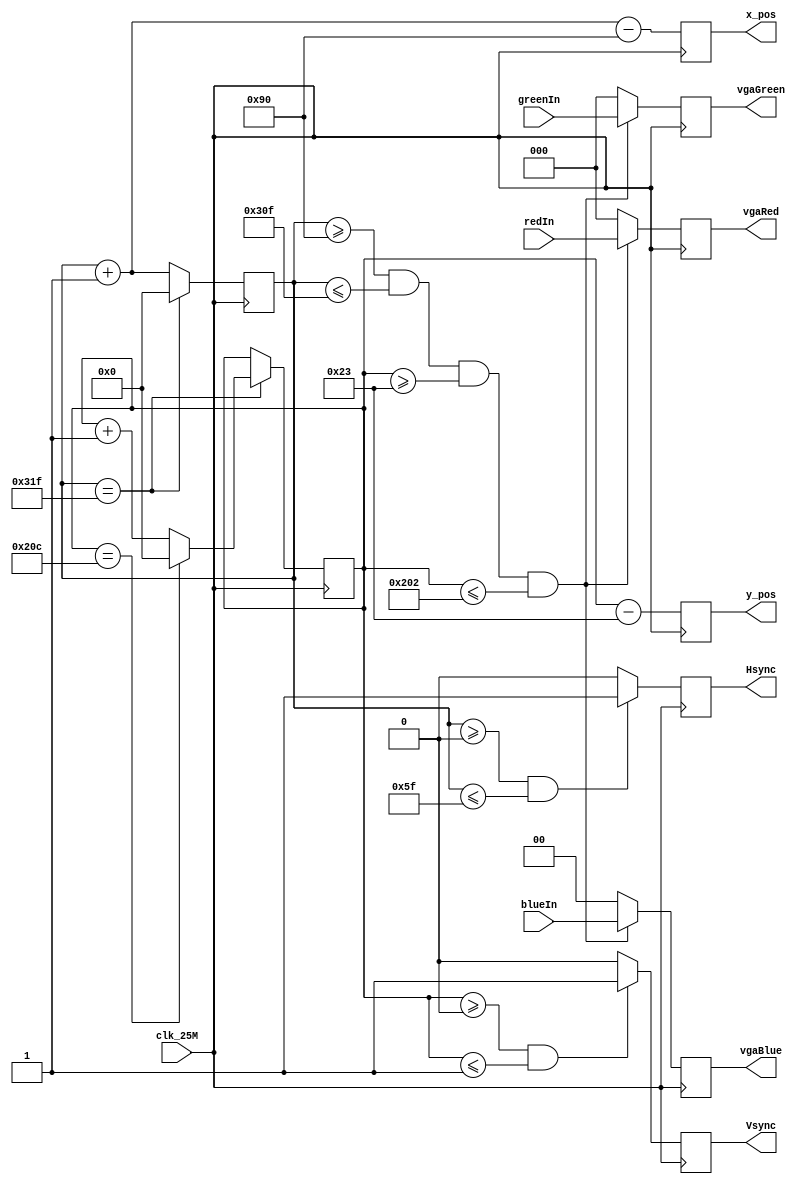
`timescale 1ns / 1ps
//////////////////////////////////////////////////////////////////////////////////
// Company: 
// Engineer: 
// 
// Design Name: 
// Module Name: VGA_driver
// Project Name: 
// Target Devices: 
// Tool Versions: 
// Description: 
// 
// Dependencies: 
// 
// Revision:
// Revision 0.01 - File Created
// Additional Comments:
// 
//////////////////////////////////////////////////////////////////////////////////


module VGA_driver(
    input clk_25M,
    input [2:0] redIn,
    input [2:0] greenIn,
    input [1:0] blueIn,
    output reg [2:0] vgaRed = 0,
    output reg [2:0] vgaGreen = 0,
    output reg [2:1] vgaBlue = 0,
    output reg Hsync = 0,
    output reg Vsync = 0,
    output reg [9:0] x_pos = 0,
    output reg [9:0] y_pos = 0
    );

	reg [9:0] h_count = 0;
	reg [9:0] v_count = 0;
	
	always @(posedge clk_25M)
	begin
		// Control counter for h_sync and v_sync control
		if (h_count == 799)
		begin
			h_count <= 0;
			if (v_count == 524)
				v_count <= 0;
			else
				v_count <= v_count + 1'b1;
		end
		else
			h_count <= h_count + 1'b1;
		
		// control Hsync signal
		if ((h_count >= 0) && (h_count <= 95))
			Hsync <= 1;
		else
			Hsync <= 0;
		
		// control Vsync signal
		if ((v_count >= 0) && (v_count <= 1))
			Vsync <= 1;
		else
			Vsync <= 0;
			
		// Set color to black when outside of video bounds and output position
		if ((h_count >= 144) && (h_count <= 783) && (v_count >= 35) && (v_count <= 514))
		begin
			vgaRed <= redIn;
			vgaGreen <= greenIn;
			vgaBlue <= blueIn;
		end
		else
		begin
			vgaRed <= 0;
			vgaGreen <= 0;
			vgaBlue <= 0;
		end
		x_pos <= (h_count + 1'b1) - 9'd144; // X position being output is the next position. Will be between 0 and 639 for valid inputs
		y_pos <= v_count - 9'd35; // Y position is current position. Between 0 and 479 for valid inputs
	end


endmodule